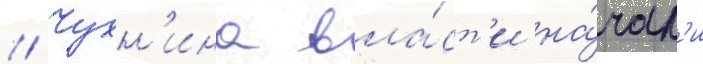
// Чухн'ина вла́ст'и на́чал'и